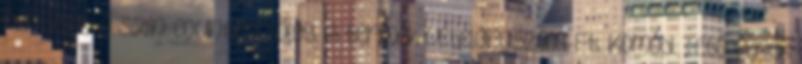
Rendelhető szín: country tölgy. A termék vételára:52.000.-Ft. Komód. Tető-fenék